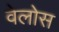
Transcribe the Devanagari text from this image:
वेलोस